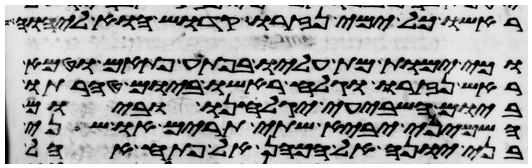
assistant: ראשו כל ימי נזרו קדוש הוא ליהוה
וכי ימות מת עליו בפתע פתאם וטמא
ראש נזרו וגלח ראשו ביום טהרתו
ביום השביעי יגלחנו וביום
השמיני יביא שתי תרים או שני
בני יונה אל הכהן אל פתח אהל